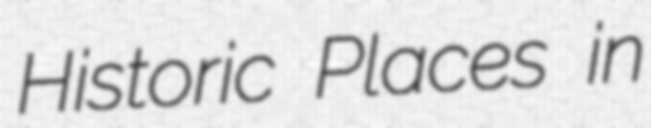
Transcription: Historic Places in